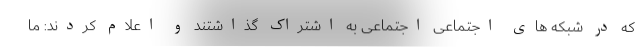
که در شبکه های اجتماعی اجتماعی به اشتراک گذاشتند و اعلام کردند: ما